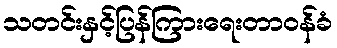
သတင်းနှင့်ပြန်ကြားရေးတာဝန်ခံ